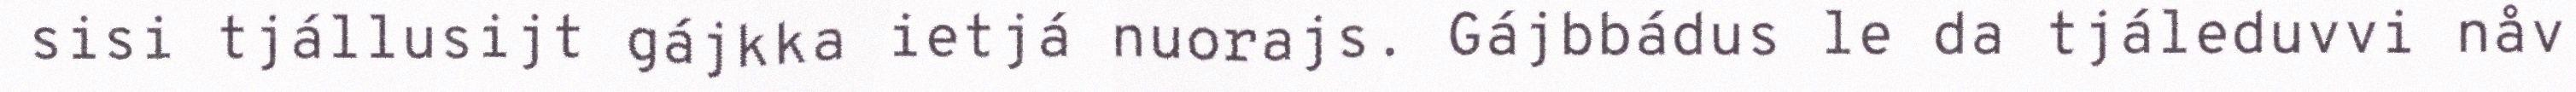
sisi tjállusijt gájkka ietjá nuorajs. Gájbbádus le da tjáleduvvi nåv